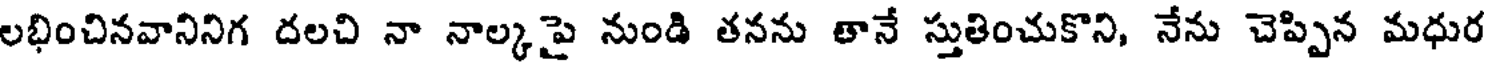
లభించినవానినిగ దలచి నా నాల్కపై నుండి తనను తానే స్తుతించుకొని, నేను చెప్పిన మధుర